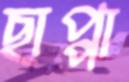
ছাপ্পা